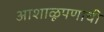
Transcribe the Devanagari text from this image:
आशाळूपणाची